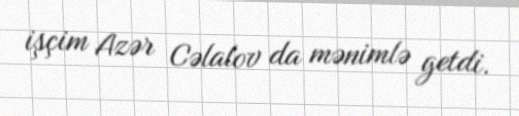
işçim Azər Cəlalov da mənimlə getdi.